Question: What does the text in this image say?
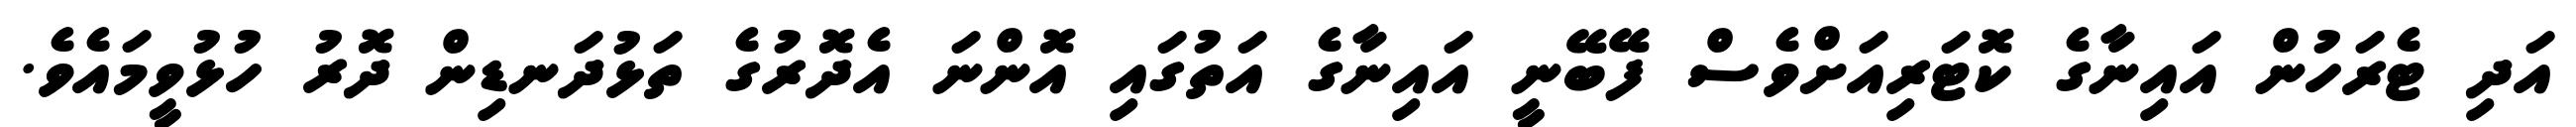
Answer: އަދި ޓެރަހުން އައިނާގެ ކޮޓަރިއަށްވެސް ފޭބޭނީ އައިނާގެ އަތުގައި އޮންނަ އެދޮރުގެ ތަޅުދަނޑިން ދޮރު ހުޅުވީމައެވެ.